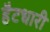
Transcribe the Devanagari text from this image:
हैटधारी